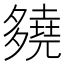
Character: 𡗊